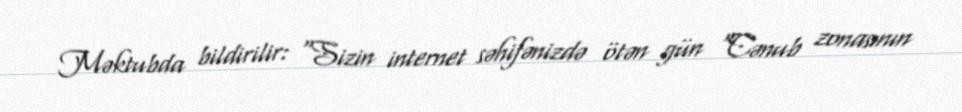
Məktubda bildirilir: "Sizin internet səhifənizdə ötən gün “Cənub zonasının